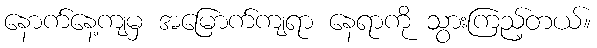
နောက်နေ့ကျမှ အမြောက်ကျရာ နေရာကို သွားကြည့်တယ်။